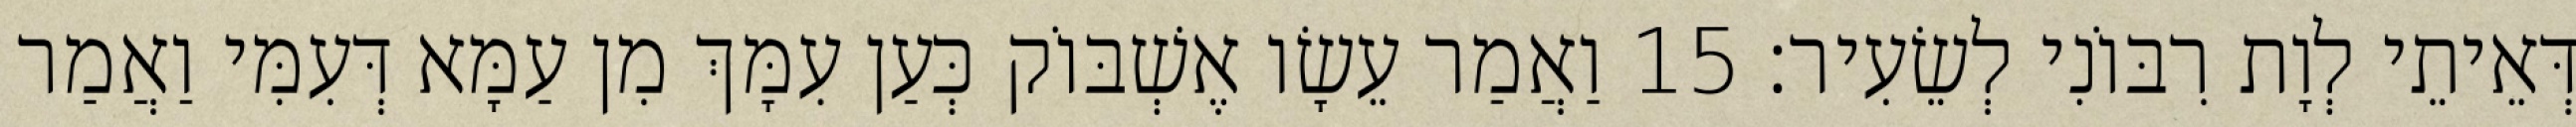
דְּאֵיתֵי לְוָת רִבּוֹנִי לְשֵׂעִיר׃ 15 וַאֲמַר עֵשָׂו אֶשְׁבּוֹק כְּעַן עִמָּךְ מִן עַמָּא דְּעִמִּי וַאֲמַר